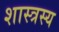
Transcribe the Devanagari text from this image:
शास्त्रस्य